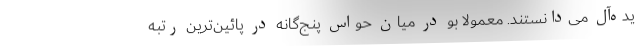
یده‌آل می‌دانستند. معمولا بو در میان حواس پنج‌گانه در پائین‌ترین رتبه